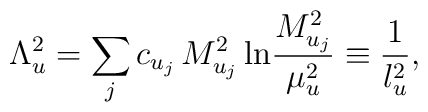
\Lambda_u^2=\sum_jc_{u_j}\, M_{u_j}^2\,{\rm ln} {M_{u_j}^2\over\mu_u^2}\equiv {1\over l_u^2},